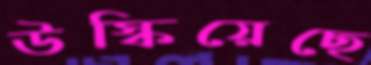
উস্‌কিয়েছে